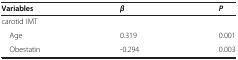
| Variables | β | P |
 | --- | --- | --- |
 | carotid IMT |  |  |
 | Age | 0.319 | 0.001 |
 | Obestatin | -0.294 | 0.003 |